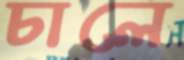
চালে